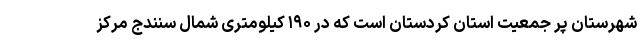
شهرستان پر جمعیت استان کردستان است که در ۱۹۰ کیلومتری شمال سنندج مرکز